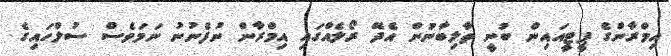
އިމްރާންގެ ޕީޓީއައިން ބުނީ ތާލިބާނުން އެދޭ ރޯލެއްގައި އިމްރާން ނުފެނުނު ނަމަވެސް ސުލްހައިގެ